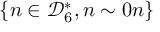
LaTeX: \lbrace n \in { \mathcal { D } } _ { 6 } ^ { * } , n \sim 0 n \rbrace